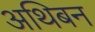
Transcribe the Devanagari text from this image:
अथिबन